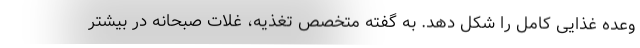
وعده غذایی کامل را شکل دهد. به گفته متخصص تغذیه، غلات صبحانه در بیشتر